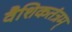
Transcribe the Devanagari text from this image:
वैशिकतंत्रम्